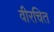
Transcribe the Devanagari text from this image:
वीरचित